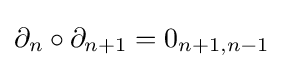
\partial _{n}\circ \partial _{n+1}=0_{n+1,n-1}